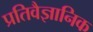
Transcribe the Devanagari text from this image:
प्रतिवैज्ञानिक